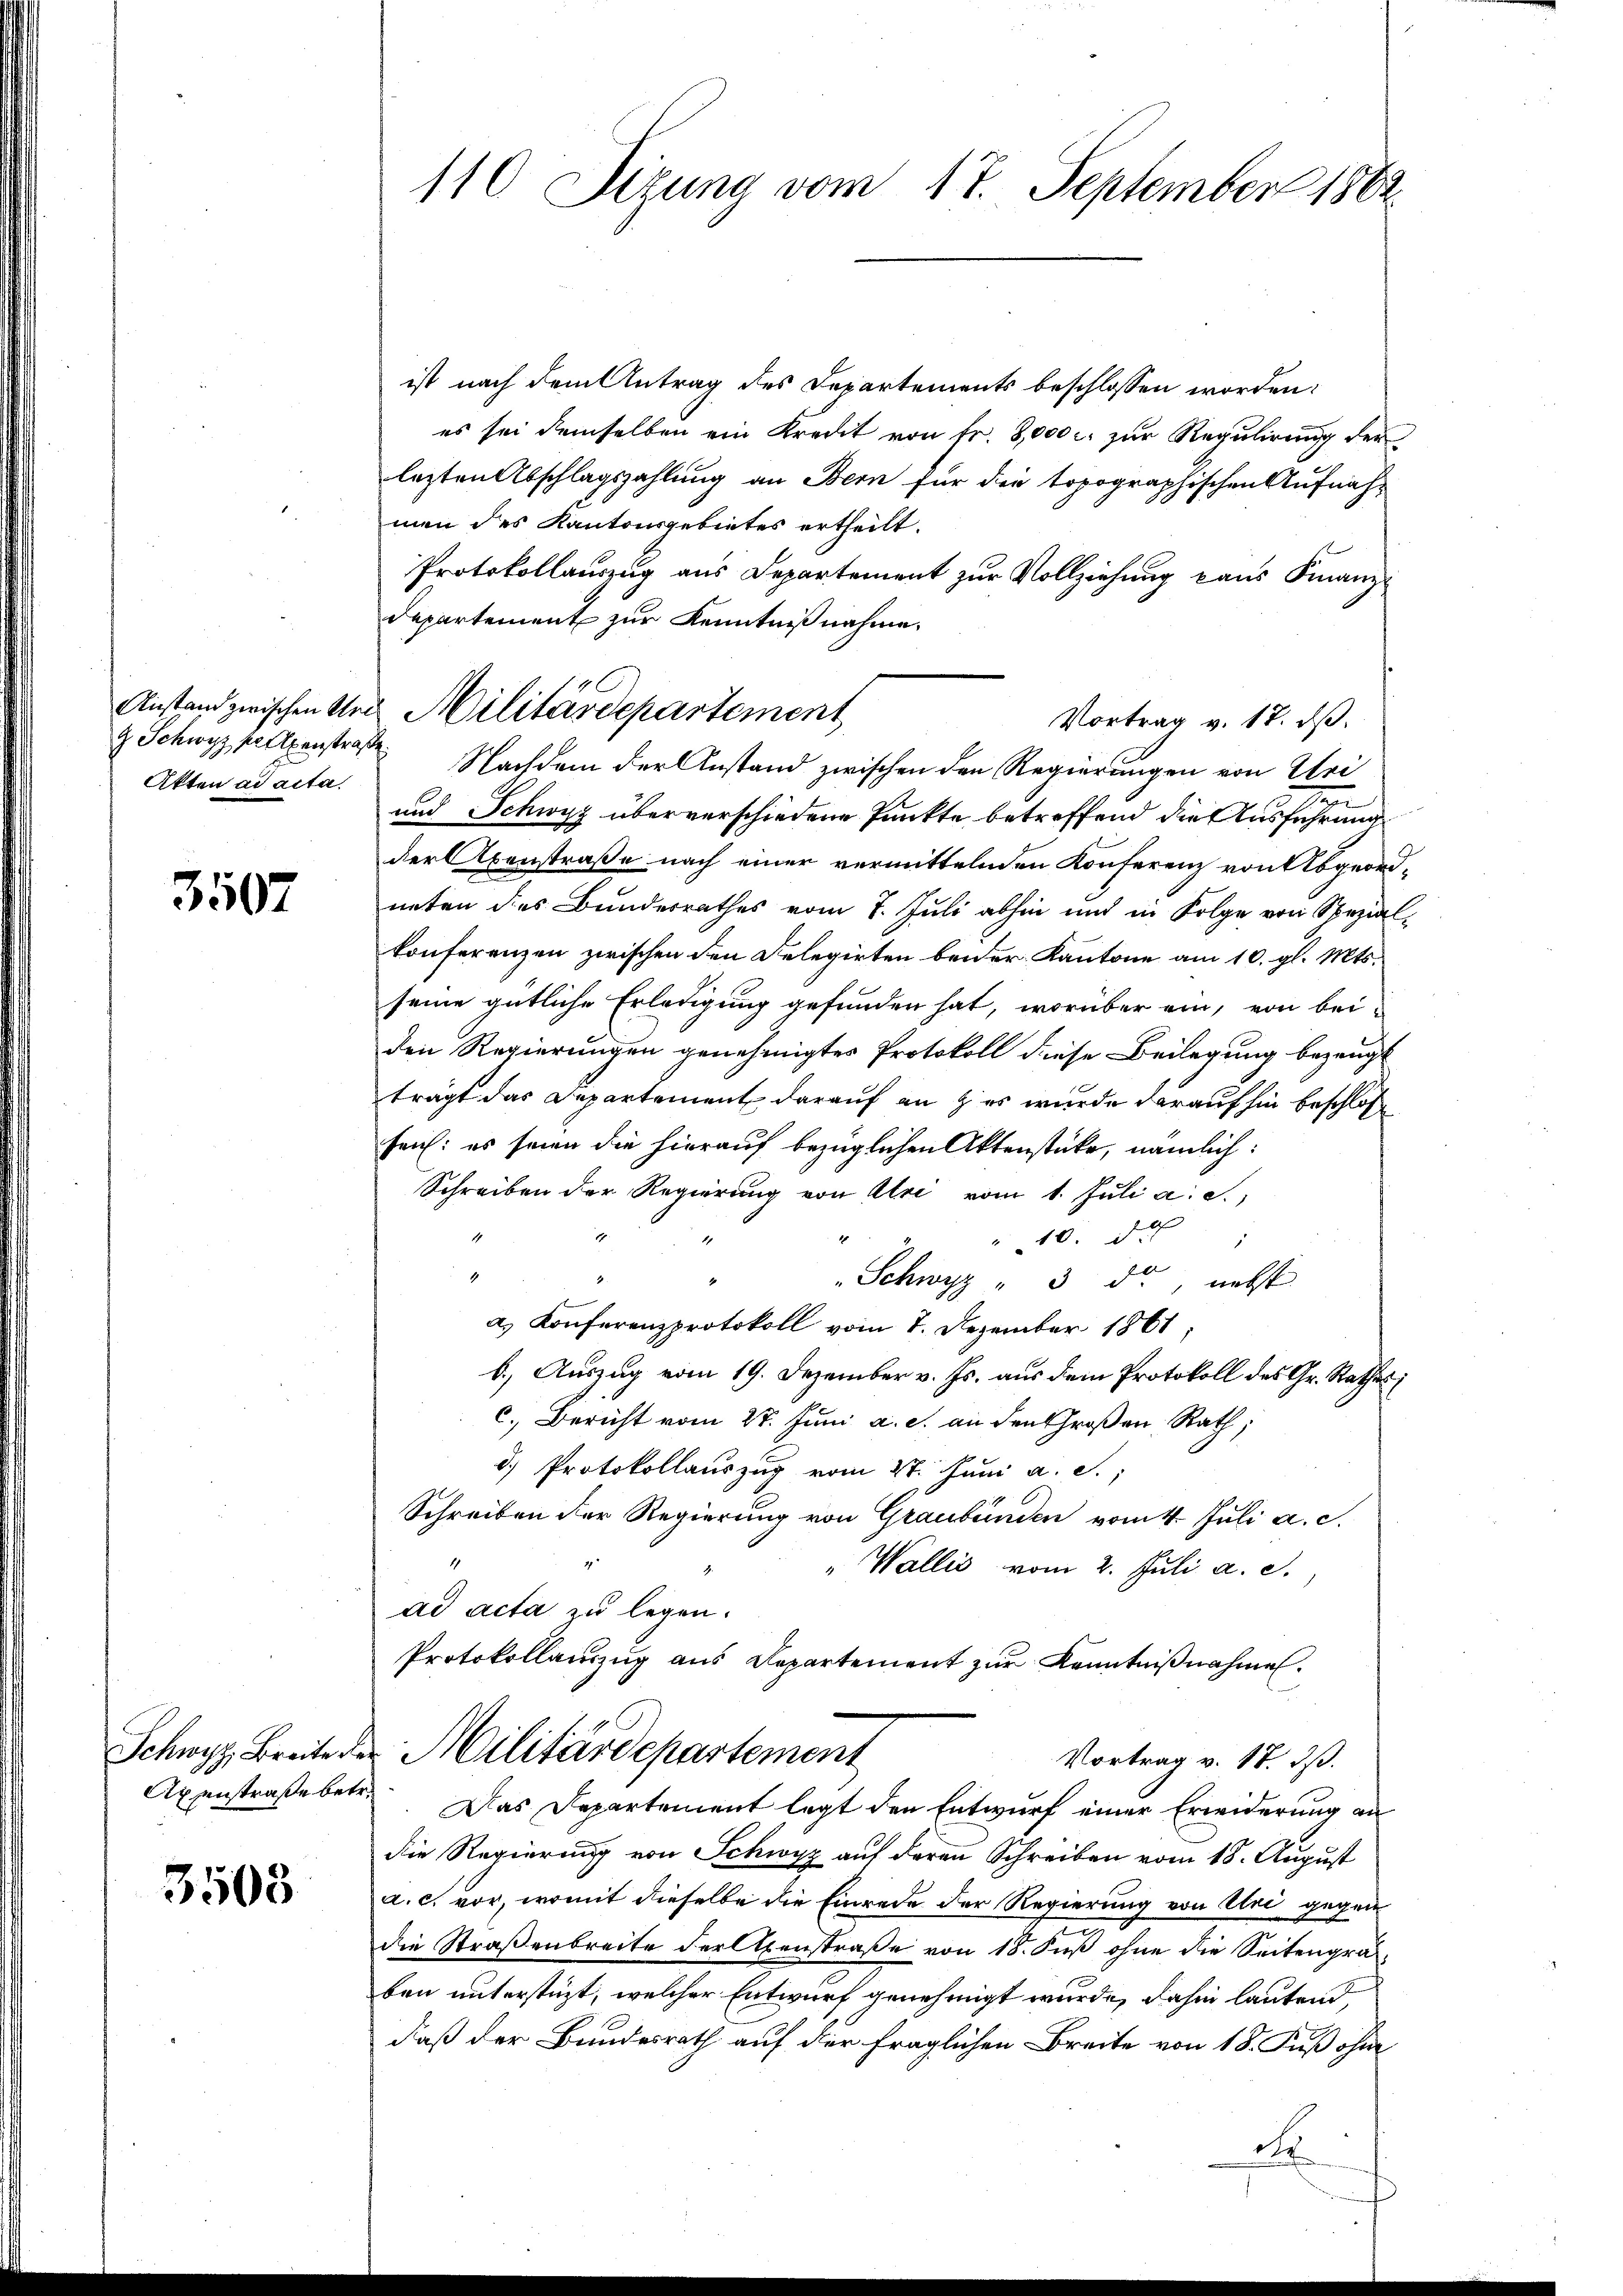
g Schwyz pallenstraße
Akten ad acta.

3507

Schwyz, Breite die
Axenstraße betr.

3508

110 Sizung vom 17. September 1862

ist nach dem Antrag des Departements beschlossen worden:
es sei demselben ein Kredit von fr. 8,000 c. zŭr Regŭlirŭng der
lezten Abschlagszahlung an Bern für die topographischen Aufnahmen des Kantonsgebietes ertheilt.
Protokollauszug aus Departement zur Vollziehung kans Finanz¬
Departement zur Kenntniß nahme.
Nachdem der Anstand zwischen den Regierungen von Wei¬
und Schwyz über verschiedene Punkte betreffend die Ausführung
der Abenstraße nach einer vermittelnden Konferenz von Abgeordneten des Bundesrathes vom 7. Juli abhin und in Folge von Spezial-
konferenzen zwischen den Delegirten beider Kantone am 10. gl. Mts.
seine gütliche Erledigung gefunden hat, worüber ein, von bei-
den Regierungen genehmigtes Protokoll diese Beilegung bezeugt
trägt das Departement darauf an & es wurde darauf hin beschloßen
seich: es seien die hierauf bezüglichen Aktenstücke, nämlich:
Schreiben der Regierung von Uri vom 1. Juli a. c.,
 10. de
1
Schwyz " 3 do nebst
a.) Konferenzprotokoll vom 7. Dezember 1861,
b.) Auszug vom 19. Dezember v. Js. aus dem Protokoll des Gr. Rathes
c. Bericht vom 27. Juni a. c. an den Großen Rath;
d.) Protokollauszug vom 27. Juni a. S.
Schreiben der Regierung von Graubünden vom 4. Juli a. c.
17
1
" Wallis vom 2. Juli a. c.
ad acta zu legen.
Protokollanzug aus Departement zur Kenntnißnahme.
Militärdepartement
Vortrag v. 18. ds.
Das Departement legt den Entwurf einer Erwiderung an
die Regierung von Schwyz auf deren Schreiben vom 18. August
a. c. vor, womit dieselbe die Einrede der Regierung von Uri gegen
die Straßenbreite der Axenstraße von 18. Fuß ohne die Seitengraben unterstüzt, welcher Entwurf genehmigt wurde, dahin lautend,
daß der Bundesrath auf der fraglichen Breite von 18. Fuß ohne
d

Anstand zwischen Ure Militärdepartement

Vortrag v. 18. dβ.